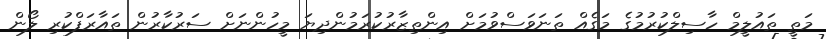
މަތީ ތައުލީމް ހާސިލްކުރުމުގެ މަގެއް ތަނަވަސްވުމަށް އިންތިޒާރުކުރަމުންދިޔަ މީހުންނަށް ސަރުކާާރުން ތައާރަފްކުރި ލޯން